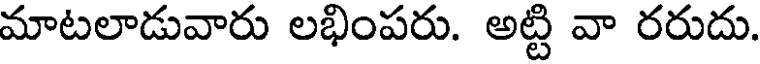
మాటలాడువారు లభింపరు. అట్టి వా రరుదు.